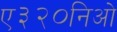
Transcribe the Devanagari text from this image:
ए३२०निओ